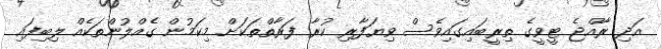
އަދި ރާއްޖެ ޓީވީގެ ތިރީބައިގައިވެސް ވިޔަފާރި ކުރާ ފަރާތްތަކަށް މިކަމުން ގެއްލުންތަކެއް ލިބިފައި